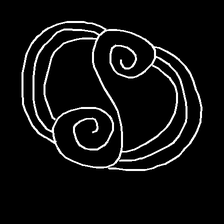
Glyph: wind-underfoot